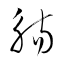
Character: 觴